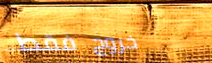
خروج فقط